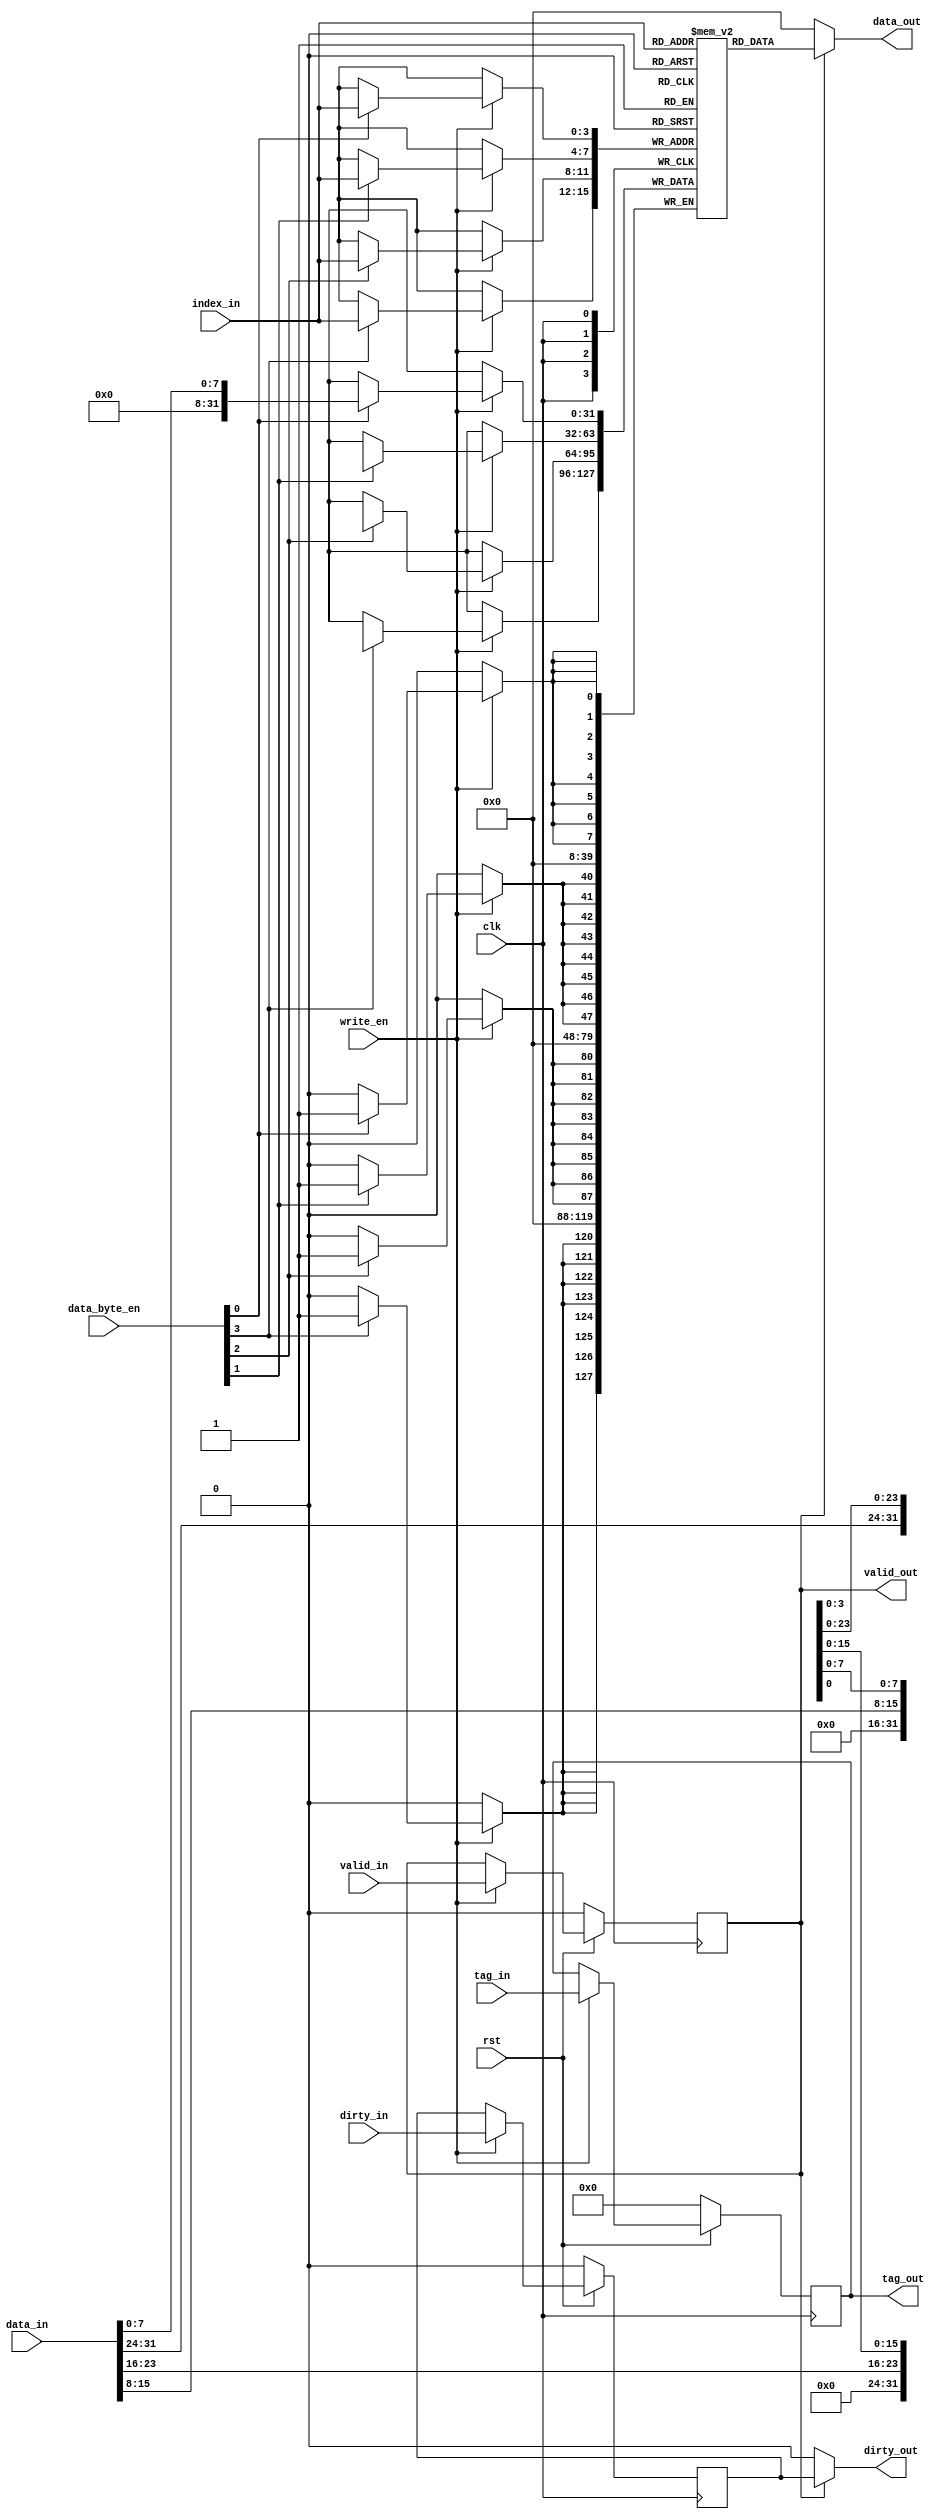
// This program was cloned from: https://github.com/ustb-owl/Uranus
// License: GNU General Public License v3.0

`timescale 1ns / 1ps

// direct mapped cache line

module CacheLine #(parameter
    ADDR_WIDTH = 32,
    LINE_WIDTH = 6,         // 2^6 = 64 bytes/line
    CACHE_WIDTH = 6         // 2^6 = 64 lines
    `define INDEX_WIDTH     (LINE_WIDTH - 2)
    `define TAG_WIDTH       (ADDR_WIDTH - LINE_WIDTH - CACHE_WIDTH)
) (
    input clk,
    input rst,
    input write_en,
    // input signals
    input valid_in,
    input dirty_in,
    input [`TAG_WIDTH - 1:0] tag_in,
    input [`INDEX_WIDTH - 1:0] index_in,
    input [3:0] data_byte_en,
    input [31:0] data_in,
    // output signals
    output valid_out,
    output dirty_out,
    output [`TAG_WIDTH - 1:0] tag_out,
    output [31:0] data_out
);

    reg valid, dirty;
    reg[`TAG_WIDTH - 1:0] tag;
    reg[31:0] data[2 ** `INDEX_WIDTH - 1:0];

    assign valid_out = valid;
    assign dirty_out = valid ? dirty : 0;
    assign tag_out = tag;
    assign data_out = valid ? data[index_in] : 0;

    always @(posedge clk) begin
        if (!rst) begin
            valid <= 0;
            dirty <= 0;
            tag <= 0;
        end
        else if (write_en) begin
            valid <= valid_in;
            dirty <= dirty_in;
            tag <= tag_in;
        end
    end

    always @(posedge clk) begin
        if (write_en) begin
            if (data_byte_en[0]) data[index_in][7:0] <= data_in[7:0];
            if (data_byte_en[1]) data[index_in][15:8] <= data_in[15:8];
            if (data_byte_en[2]) data[index_in][23:16] <= data_in[23:16];
            if (data_byte_en[3]) data[index_in][31:24] <= data_in[31:24];
        end
    end

endmodule // CacheLine